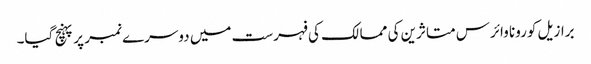
برازیل کورونا وائرس متاثرین کی ممالک کی فہرست میں دوسرے نمبر پر پہنچ گیا۔